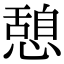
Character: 憩